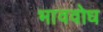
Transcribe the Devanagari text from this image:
भाववोध